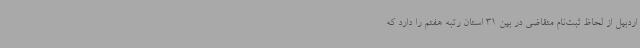
اردبیل از لحاظ ثبت‌نام متقاضی در بین 31 استان رتبه هفتم را دارد که